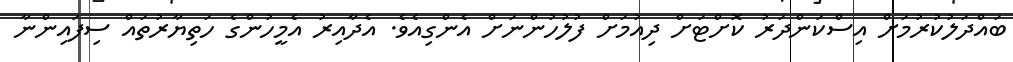
ބައްދަލުކުރުމަށް އިސްކަންދަރު ކޮށްޓަށް ދިއުމަށް ފުލުހުންނަށް އެންގިއެވެ. އެދާއިރު އެމީހުންގެ ހަތިޔާރުތައް ސިފައިންނާ